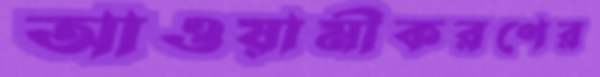
আওয়ামীকরণের